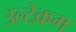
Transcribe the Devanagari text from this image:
उल्टेक्रम